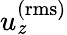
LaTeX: u_{\mathit{z}}^{\mathrm{{(rms)}}}